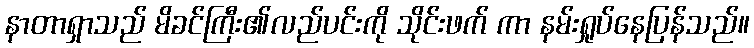
နာတာရှာသည် မိခင်ကြီး၏လည်ပင်းကို သိုင်းဖက် ကာ နမ်းရှုပ်နေပြန်သည်။